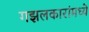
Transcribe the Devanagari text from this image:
गझलकारांमध्ये